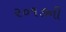
૨૦૧૭ની